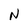
Character: N